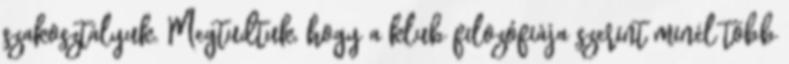
szakosztályuk. Megtudtuk, hogy a klub filozófiája szerint minél több